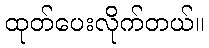
ထုတ်ပေးလိုက်တယ်။